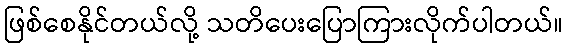
ဖြစ်စေနိုင်တယ်လို့ သတိပေးပြောကြားလိုက်ပါတယ်။